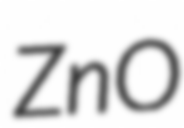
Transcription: ZnO